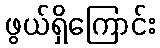
ဖွယ်ရှိကြောင်း